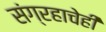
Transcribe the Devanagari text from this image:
संग्रहाचेही